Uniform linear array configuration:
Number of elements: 48
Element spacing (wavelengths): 0.5
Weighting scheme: uniform
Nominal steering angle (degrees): -15
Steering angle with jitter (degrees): -13.335
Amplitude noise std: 0.05
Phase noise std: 0.05

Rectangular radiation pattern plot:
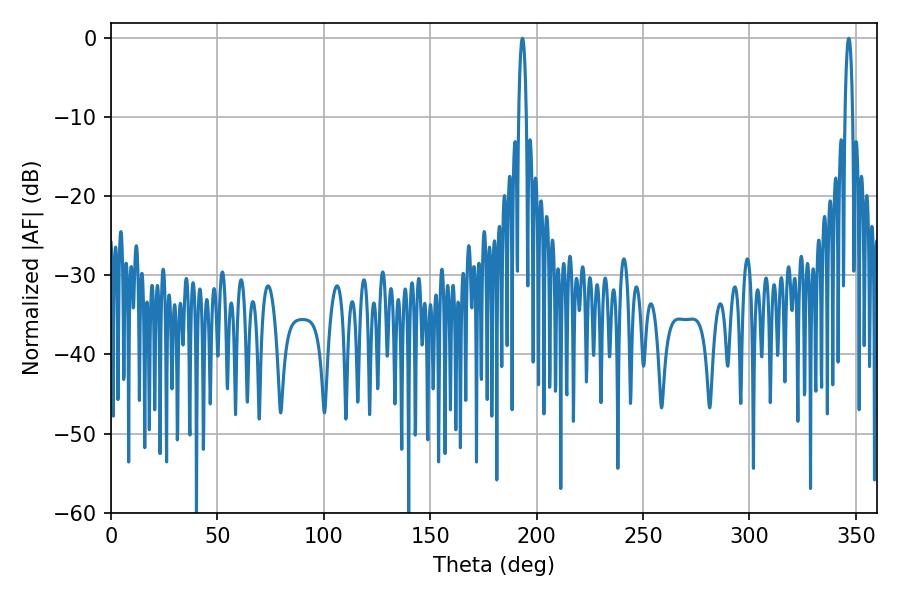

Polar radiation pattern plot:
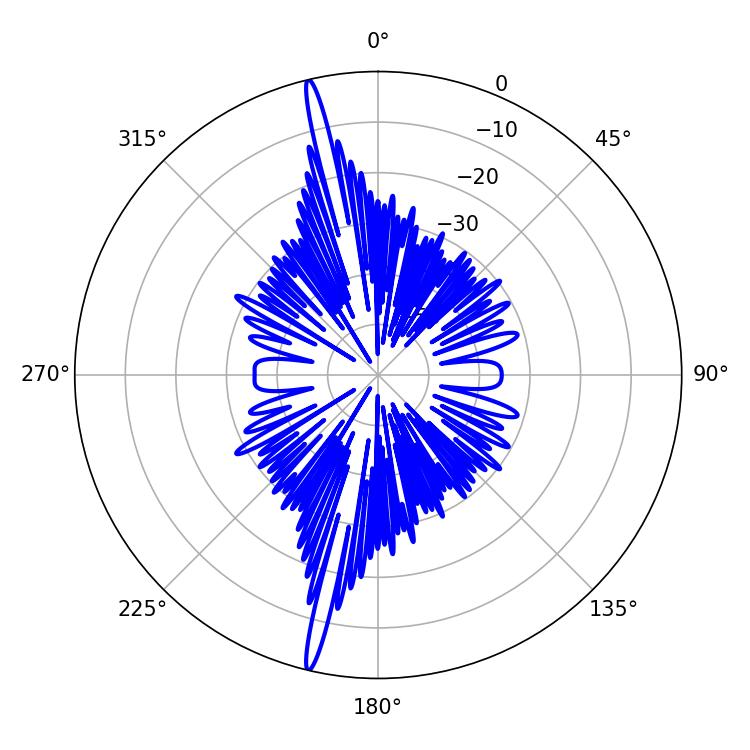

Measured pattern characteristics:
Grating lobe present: FALSE
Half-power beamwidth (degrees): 1.98
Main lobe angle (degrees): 193.32